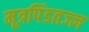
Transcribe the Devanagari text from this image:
मूत्रपिंडतज्‍ज्ञ